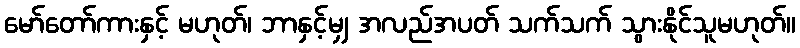
မော်တော်ကားနှင့် မဟုတ်၊ ဘာနှင့်မျှ အလည်အပတ် သက်သက် သွားနိုင်သူမဟုတ်။